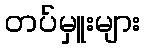
တပ်မှူးများ